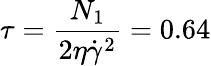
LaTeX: \tau=\frac{N_{1}}{2\eta\dot{\gamma}^{2}}=0.64